Annual report of the Punjab Veterinary College and of the Civil Veterinary Department, Punjab - 1920-1925
Year: 1920
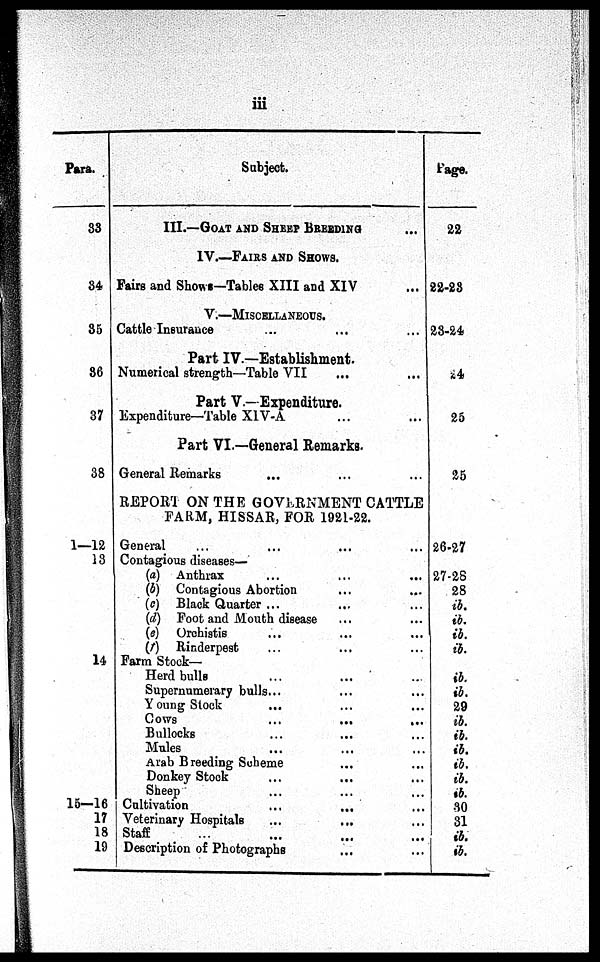
iii
Para.
83
34
35
36
37
38
1—12
13
14
15—16
17
18
19
Subject.
III.—GOAT AND SHEEP BREEDING ... ...
IV.—FAIRS AND SHOWS.
Fairs and Shows—Tables XIII and XIV ... ... ...
V.—MISCELLANEOUS.
Cattle Insurance ... ... ... ...
Part IV.—Establishment.
Numerical strength—Table VII ...
Part V.—Expenditure.
Expenditure—Table XIV-A ... ... ...
Part VI.—General Remarks.
General Remarks
REPORT ON THE GOVERNMENT CATTLE
FARM, HISSAR, FOR 1921-22.
General
Contagious diseases—
(a) Anthrax ... ... ... ...
(b) Contagious Abortion ... ... ...
(c) Black Quarter ...
(d) Foot and Mouth disease ... ... ... ...
(e) Orchistis ... ... ... ...
(f)
Rinderpest ... ... ... ...
Farm Stock-
Herd bulls ... ... ...
Supernumerary bulls...
Young Stock ... ... ... ...
Cows ... ... ... ...
Bullocks ... ... ... ...
Mules ... ... ... ...
Arab Breeding Scheme ... ... ... ...
Donkey Stock ... ... ... ...
Sheep ... ... ... ...
Cultivation ... ... ...
Veterinary Hospitals ... ... ... ...
Staff ... ... ... ...
Description of Photographs ... ... ... ...
Page.
22
22-23
23-24
24
25
25
26-27
27-28
28
ib.
ib.
ib.
ib.
ib.
ib.
29
ib.
ib.
ib.
ib.
ib.
ib.
30
31
ib.
ib.